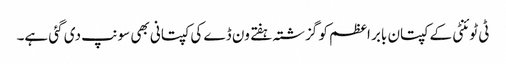
‏ ٹی ٹوئنٹی کے کپتان بابر اعظم کو گزشتہ ہفتے ون ڈے کی کپتانی بھی سونپ دی گئی ہے۔